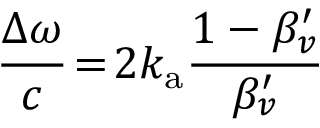
\frac { \Delta \omega } { c } \! = \! 2 k _ { \mathrm { a } } \frac { 1 - \beta _ { v } ^ { \prime } } { \beta _ { v } ^ { \prime } }